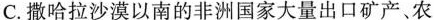
C.撒哈拉沙漠以南的非洲国家大量出口矿产、农